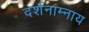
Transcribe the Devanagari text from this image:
दर्शनाम्नाय